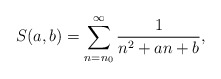
\begin{align*}S(a,b)=\sum_{n=n_0}^{\infty}\frac{1}{n^2+an+b},\end{align*}